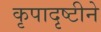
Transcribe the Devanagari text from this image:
कृपादृष्टीने